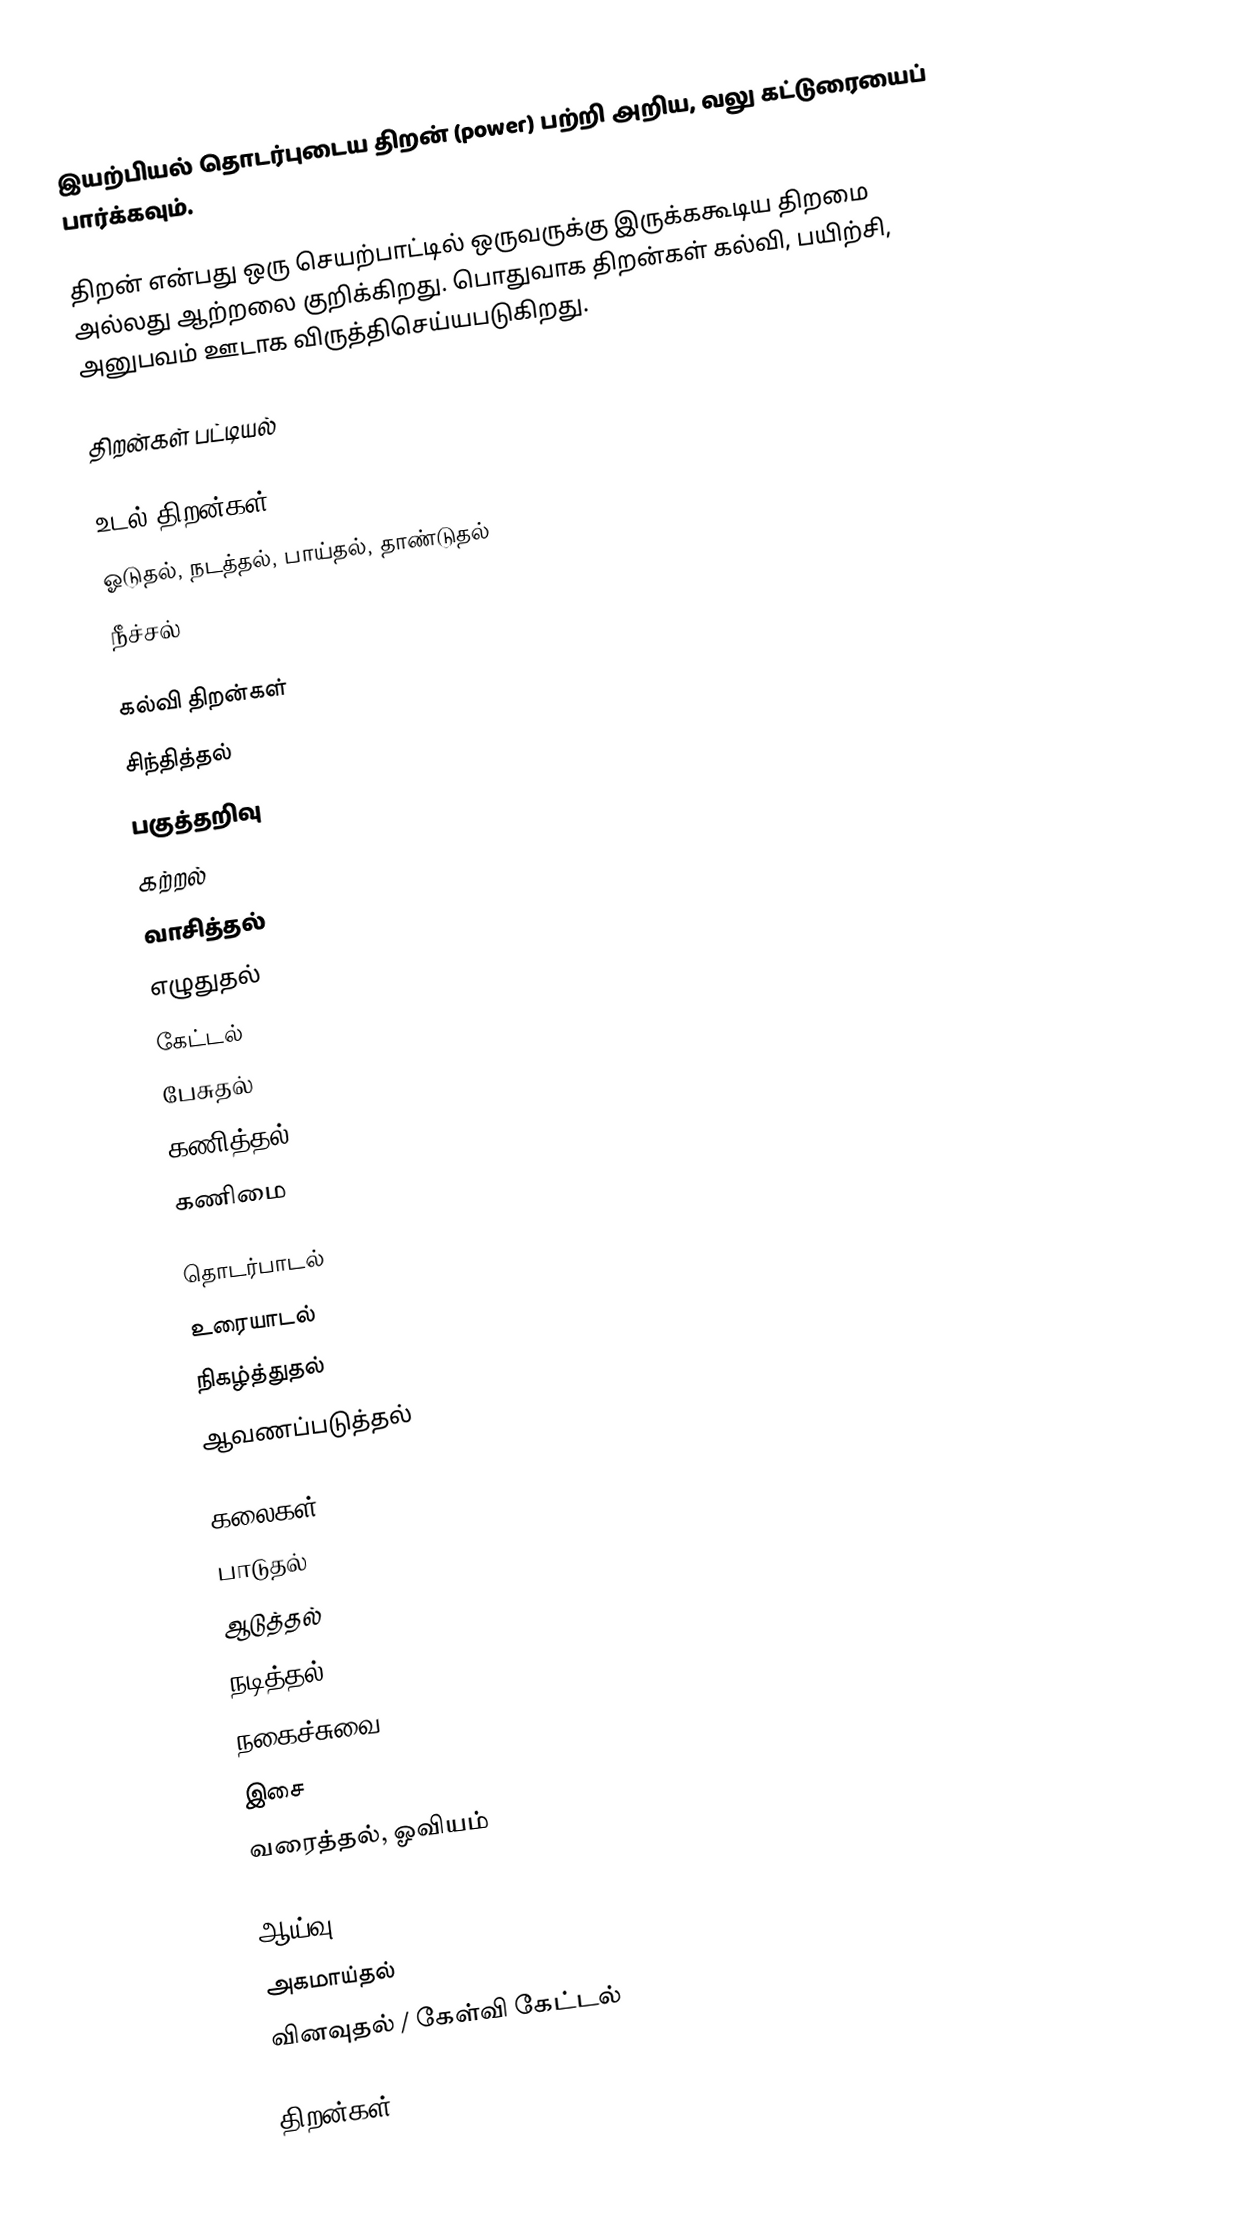
இயற்பியல் தொடர்புடைய திறன் (power) பற்றி அறிய, வலு கட்டுரையைப் பார்க்கவும்.

திறன் என்பது ஒரு செயற்பாட்டில் ஒருவருக்கு இருக்ககூடிய திறமை அல்லது ஆற்றலை குறிக்கிறது.  பொதுவாக திறன்கள் கல்வி, பயிற்சி, அனுபவம் ஊடாக விருத்திசெய்யபடுகிறது.

திறன்கள் பட்டியல்

உடல் திறன்கள்
 ஓடுதல், நடத்தல், பாய்தல், தாண்டுதல்
 நீச்சல்

கல்வி திறன்கள்
 சிந்தித்தல்
 பகுத்தறிவு
 கற்றல்
 வாசித்தல்
 எழுதுதல்
 கேட்டல்
 பேசுதல்
 கணித்தல்
 கணிமை

தொடர்பாடல்
 உரையாடல்
 நிகழ்த்துதல்
 ஆவணப்படுத்தல்

கலைகள்
 பாடுதல்
 ஆடுத்தல்
 நடித்தல்
 நகைச்சுவை
 இசை
 வரைத்தல், ஓவியம்

ஆய்வு
 அகமாய்தல்
 வினவுதல் / கேள்வி கேட்டல்

திறன்கள்